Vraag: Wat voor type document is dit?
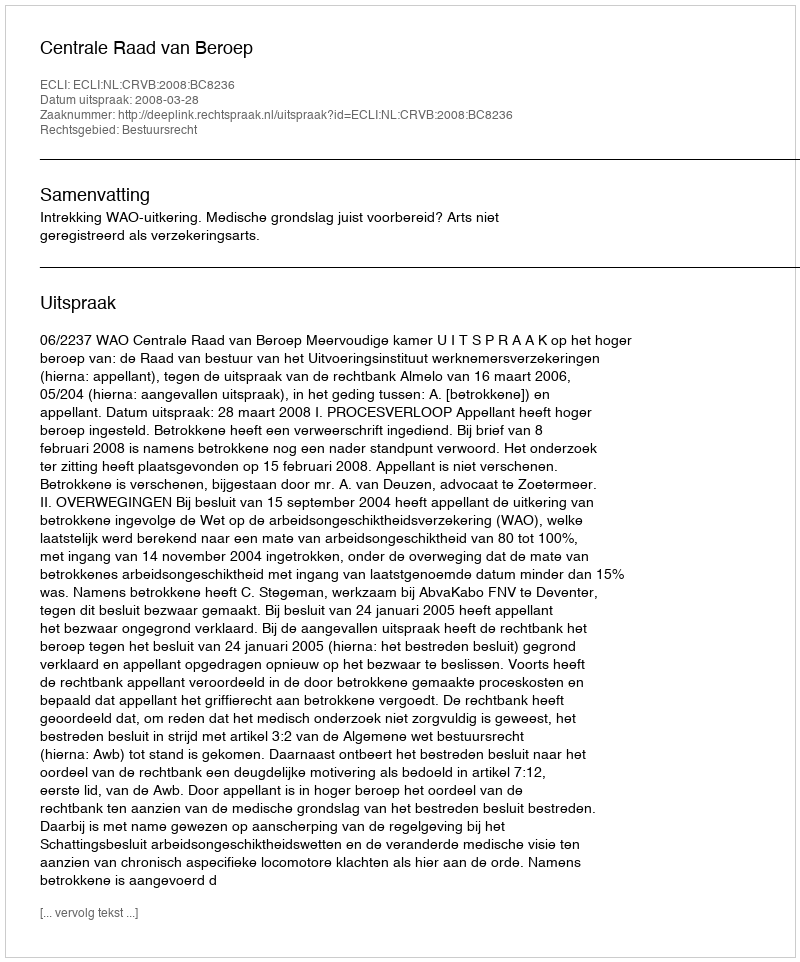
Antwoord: Uitspraak